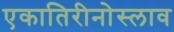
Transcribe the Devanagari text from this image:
एकातिरीनोस्लाव